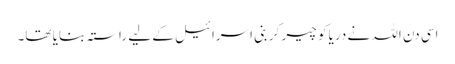
اسی دن اللہ نے دریا کو چیر کر بنی اسرائیل کے لیے راستہ بنایا تھا۔